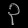
Digit: ၃